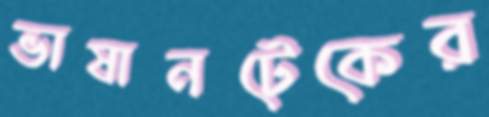
ভাষানটেকের